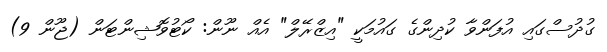
ގުދުސްގައި އުފަންވާ ކުދިންގެ ގައުމަކީ "އިޒްރޭލް" އެއް ނޫން: ކޯޓުވޮޝިންޓަން (ޖޫން 9)